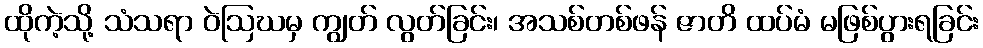
ထိုကဲ့သို့ သံသရာ ဝဲဩဃမှ ကျွတ် လွတ်ခြင်း၊ အသစ်တစ်ဖန် ဇာတိ ထပ်မံ မဖြစ်ပွားရခြင်း